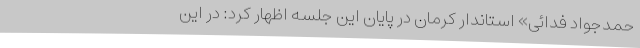
حمدجواد فدائی» استاندار کرمان در پایان این جلسه اظهار کرد: در این